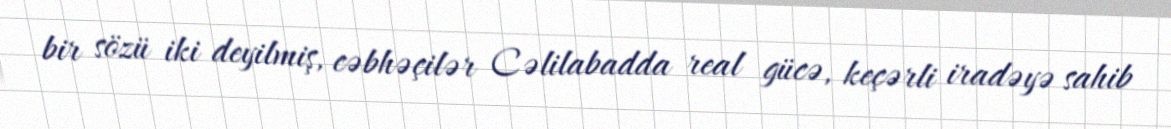
bir sözü iki deyilmiş, cəbhəçilər Cəlilabadda real gücə, keçərli iradəyə sahib